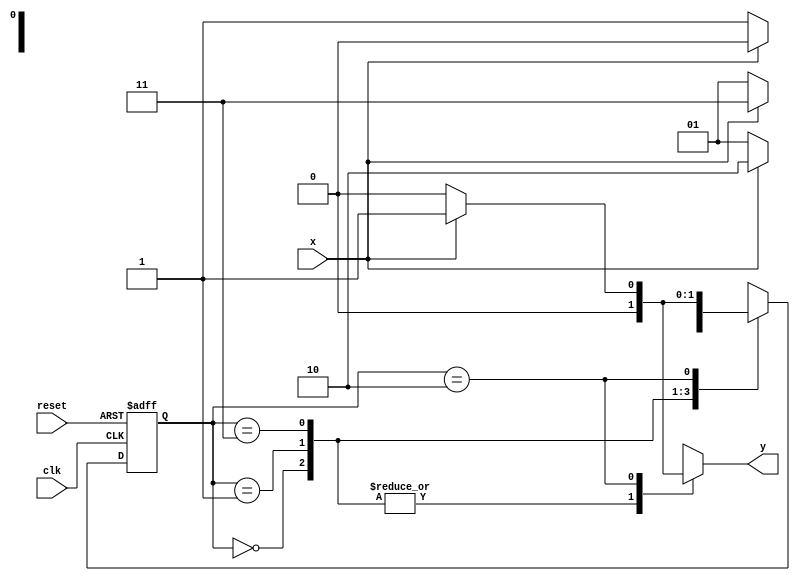
// Exemplo0054
//  Aluno: Julio Machado

//-----------
//--Mealy FSM
//-----------

//constant definitions
`define found 1
`define notfound 0

//FSM by Mealy

module mealy0111(y, x, clk, reset);

output y;
input x;
input clk;
input reset;

reg y;

parameter //state identifiers
start = 2'b00,
id01  = 2'b01,
id011 = 2'b11,
id0111= 2'b10;


reg[1:0]E1;//current state variables
reg[1:0]E2;//next stat logic output

//next state logic
always @(x or E1)
begin
	y = `notfound;
case(E1)
	start:
		if(x)
			E2 = start;
		else
			E2 = id01;
id01:
	if(x)
		E2 = id011;
	else
		E2 =	id01;
id011:
	if(x)
		E2 = id0111;
	else
		E2 = id01;	
id0111:
	if(x)
		begin
			E2 = id01;
			y = `found;
	end
			
	else
	begin
		E2 = start;
		y = `notfound;
	end
default:  //undefined state
	E2 = 2'bxx;
endcase

end // always at signal or state changing

//state variables
always @(posedge clk or negedge reset)
begin
if(reset)
E1 = E2; //updates current state
else
E1 = 0; //reset

end // always at signal changing

endmodule // mealy0111